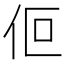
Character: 𬽯